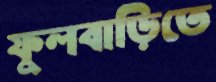
ফুলবাড়িতে